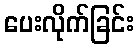
ပေးလိုက်ခြင်း